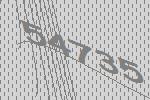
54735